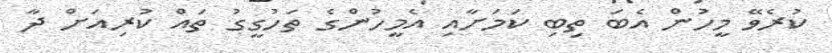
ކުރެވޭ މީހުން އެބަ ތިބި ކަމަށާއި އެމީހުންގެ ތަހުގީގު ތައް ކުރިއަށް ދާ